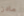
مادن